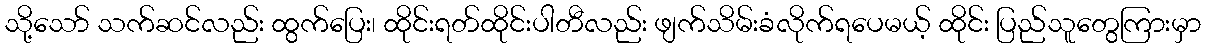
သို့သော် သက်ဆင်လည်း ထွက်ပြေး၊ ထိုင်းရတ်ထိုင်းပါတီလည်း ဖျက်သိမ်းခံလိုက်ရပေမယ့် ထိုင်း ပြည်သူတွေကြားမှာ